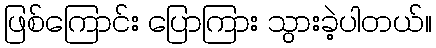
ဖြစ်ကြောင်း ပြောကြား သွားခဲ့ပါတယ်။